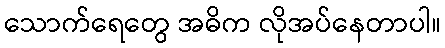
သောက်ရေတွေ အဓိက လိုအပ်နေတာပါ။